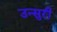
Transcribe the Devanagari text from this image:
उन्सुरी